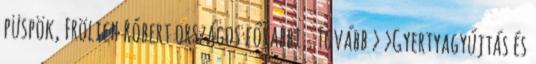
püspök, Frölich Róbert országos főrabbi,. Tovább › ›Gyertyagyújtás és